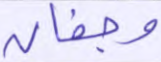
وجفان